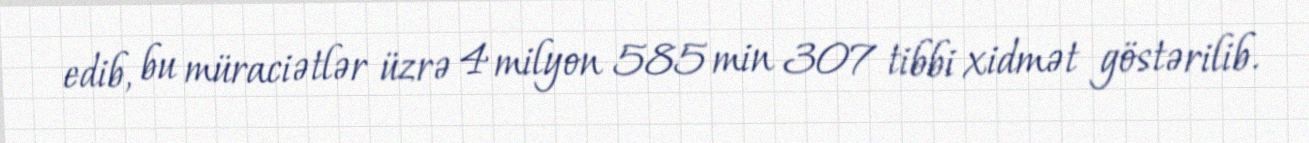
edib, bu müraciətlər üzrə 4 milyon 585 min 307 tibbi xidmət göstərilib.